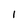
Character: I